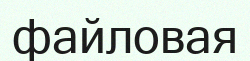
файловая